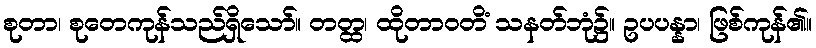
စုတာ၊ စုတေကုန်သည်ရှိသော်။ တတ္ထ၊ ထိုတာဝတိံ သနတ်ဘုံ၌။ ဥပပန္နာ၊ ဖြစ်ကုန်၏။